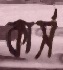
কার্স